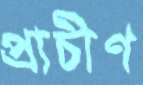
প্রাচীণ